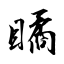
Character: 瞲